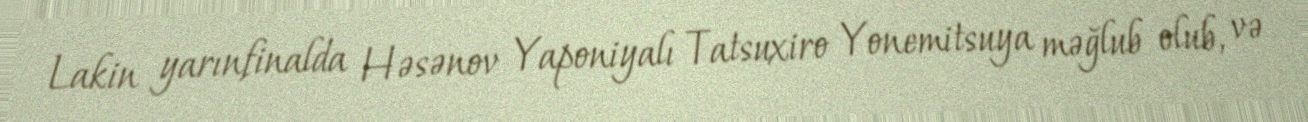
Lakin yarınfinalda Həsənov Yaponiyalı Tatsuxiro Yonemitsuya məğlub olub, və